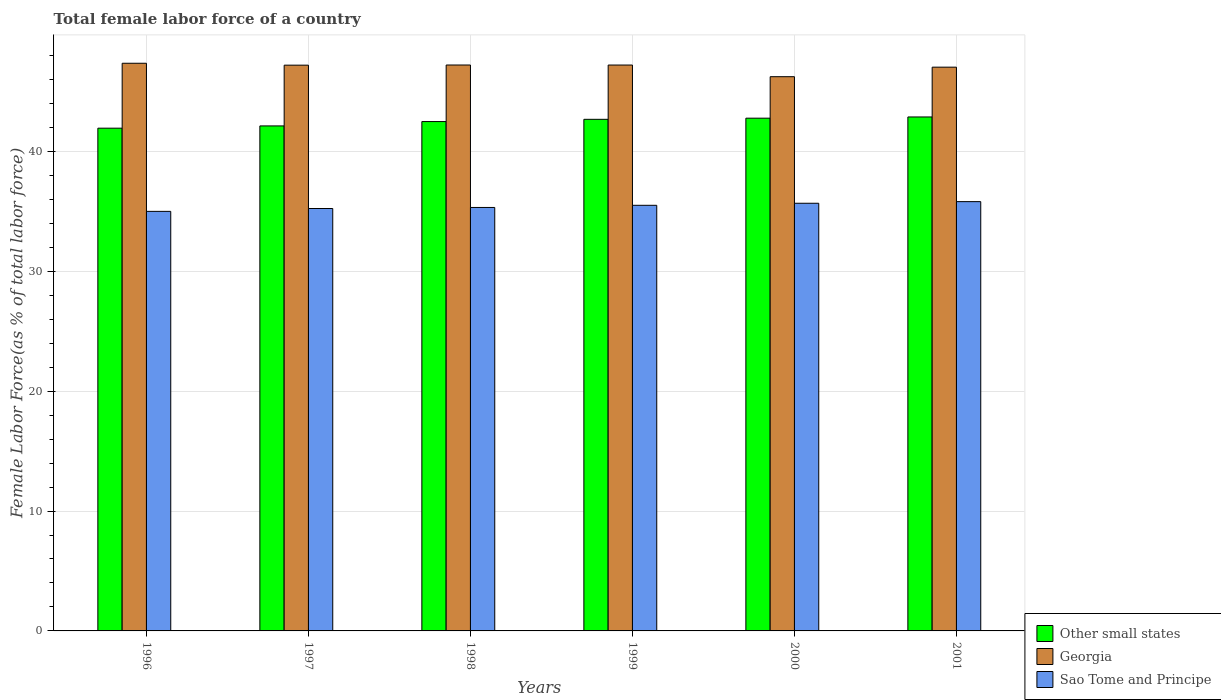
| Years | Other small states | Georgia | Sao Tome and Principe |
 | --- | --- | --- | --- |
 | 1996 | 41.9 | 47.3 | 35 |
 | 1997 | 42.1 | 47.2 | 35.2 |
 | 1998 | 42.5 | 47.2 | 35.3 |
 | 1999 | 42.7 | 47.2 | 35.5 |
 | 2000 | 42.8 | 46.2 | 35.7 |
 | 2001 | 42.9 | 47 | 35.8 |